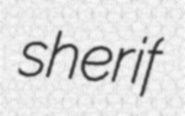
sherif